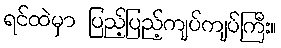
ရင်ထဲမှာ ပြည့်ပြည့်ကျပ်ကျပ်ကြီး။